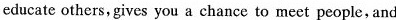
educate others,gives you a chance to meet people, and